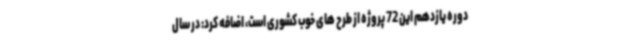
دوره یازدهم این 72 پروژه از طرح های خوب کشوری است، اضافه کرد: در سال